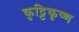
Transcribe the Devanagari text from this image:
कुट्टिकृष्ण